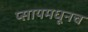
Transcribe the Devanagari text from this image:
प्सायमधूनच